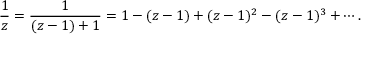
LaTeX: { \frac { 1 } { z } } = { \frac { 1 } { ( z - 1 ) + 1 } } = 1 - ( z - 1 ) + ( z - 1 ) ^ { 2 } - ( z - 1 ) ^ { 3 } + \cdots .